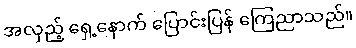
အလှည့် ရှေ့နောက် ပြောင်းပြန် ကြေညာသည်။